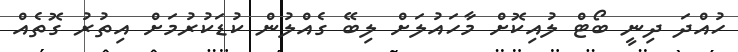
ހުއްދަ ދިނީ ބޯޓް ލުއިކޮށް މާހައުލަށް ލިބޭ ގެއްލުން ކުޑަކުރުމަށް އިތުރު ގޮތެއް